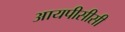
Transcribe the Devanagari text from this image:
आयपीसीसी